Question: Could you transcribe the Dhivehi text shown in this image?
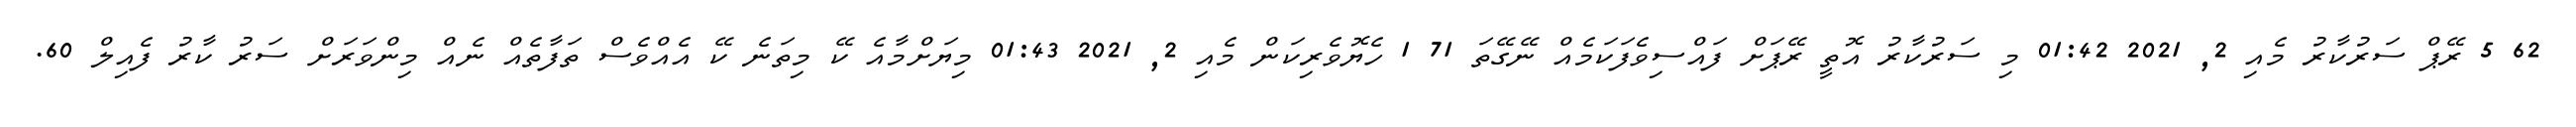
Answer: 62 5 ރޭޕް ސަރުކާރު މެއި 2, 2021 01:42 މި ސަރުކާރު އޮތީ ރޭޕަށް ފައްސިވެފަކަމެއް ނޭގޭތަ 71 1 ހެޔޮވެރިކަން މެއި 2, 2021 01:43 މިޔަށްމާއެ ކޭ މިތަނެ ކޭ އެއްވެސް ތަފާތެއް ނެއް މިންވަރަށް ސަރު ކާރު ފެއިލް 60.